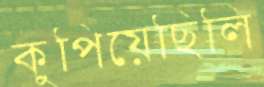
কুপিয়েছিলি